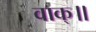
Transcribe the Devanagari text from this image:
वाक्॥